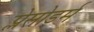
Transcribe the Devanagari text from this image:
प्लेसोडर्म